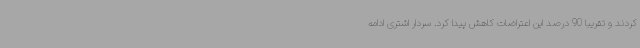
کردند و تقریباً 90 درصد این اعتراضات کاهش پیدا کرد. سردار اشتری ادامه